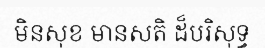
មិនសុខ មានសតិ ដ៏បរិសុទ្ធ